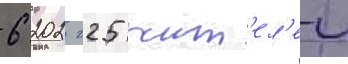
6 202 225 жит'ел'еи